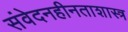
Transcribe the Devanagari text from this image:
संवेदनहीनताशास्त्र